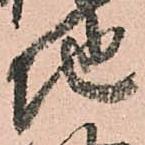
地